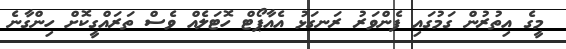
މީގެ އިތުރުން ގަމުގައި ފެންވަރު ރަނގަޅު އެއާޕޯޓް ހޮޓަލެއް ވެސް ތަރައްގީކޮށް ހިންގާނެ